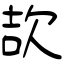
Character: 欯